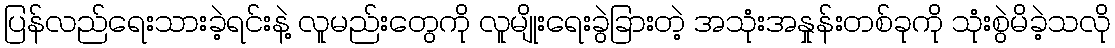
ပြန်လည်ရေးသားခဲ့ရင်းနဲ့ လူမည်းတွေကို လူမျိုးရေးခွဲခြားတဲ့ အသုံးအနှုန်းတစ်ခုကို သုံးစွဲမိခဲ့သလို